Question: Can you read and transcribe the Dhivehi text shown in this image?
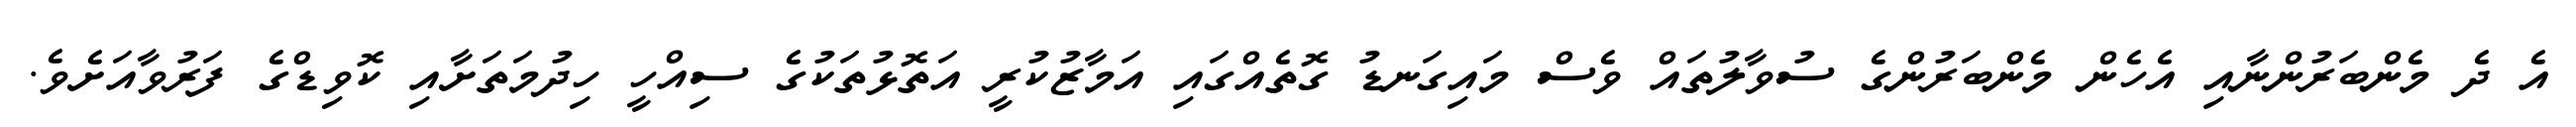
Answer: އެ ދެ މެންބަރުންނާއި އެހެން މެންބަރުންގެ ސުވާލުތައް ވެސް މައިގަނޑު ގޮތެއްގައި އަމާޒުކުރީ އަތޮޅުތަކުގެ ސިއްހީ ހިދުމަތަށާއި ކޮވިޑްގެ ފަރުވާއަށެވެ.